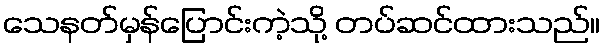
သေနတ်မှန်ပြောင်းကဲ့သို့ တပ်ဆင်ထားသည်။